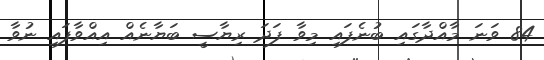
84 ވަަނަ މާއްދާގައި ބުނެފައި މިވާ ފަދަ ރިޔާސީ ބަޔާނެއް އިއްވާފައި ނުވާ